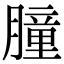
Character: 朣